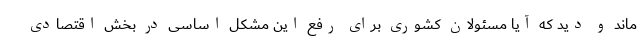
ماند و دید که آیا مسئولان کشوری برای رفع این مشکل اساسی در بخش اقتصادی